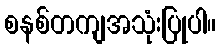
စနစ်တကျအသုံးပြုပါ။